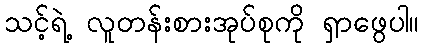
သင့်ရဲ့ လူတန်းစားအုပ်စုကို ရှာဖွေပါ။